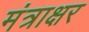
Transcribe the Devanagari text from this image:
मंत्राक्षर